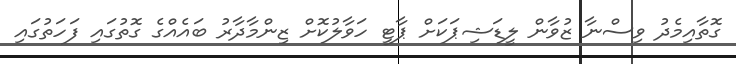
ގޮތާއިމެދު ވިސްނާ ޒުވާން ލީޑަޝިޕަކަށް ޕާޓީ ހަވާލުކޮށް ޒިންމާދާރު ބައެއްގެ ގޮތުގައި ފަހަތުގައި